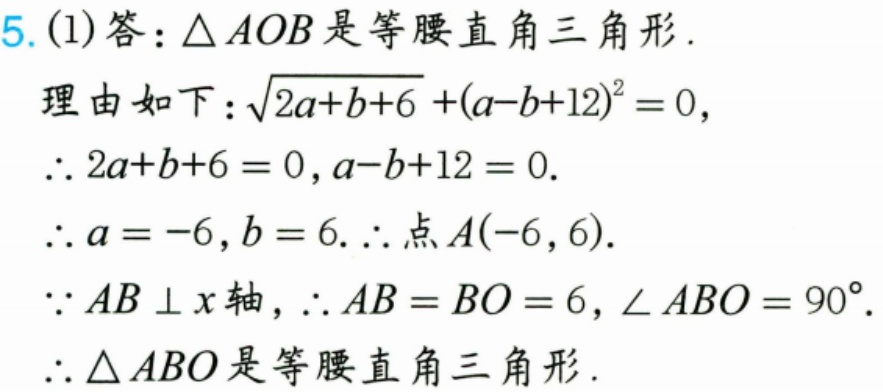
5. (1)答：$\triangle AOB$是等腰直角三角形.
理由如下：$\sqrt{2a + b + 6}+(a - b + 12)^{2}=0$，
$\therefore 2a + b + 6 = 0,a - b + 12 = 0$.
$\therefore a=-6,b = 6.\therefore$点$A(-6,6)$.
$\because AB\perp x$轴，$\therefore AB = BO = 6,\angle ABO = 90^{\circ}$.
$\therefore \triangle ABO$是等腰直角三角形.